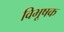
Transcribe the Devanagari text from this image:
विभूषक